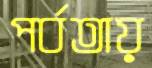
পর্বতায়